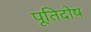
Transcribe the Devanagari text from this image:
पूतिदोष